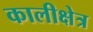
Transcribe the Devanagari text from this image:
कालीक्षेत्र